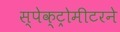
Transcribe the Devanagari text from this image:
स्पेक्ट्रोमीटरने